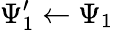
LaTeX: \Psi_{1}^{\prime}\leftarrow\Psi_{1}